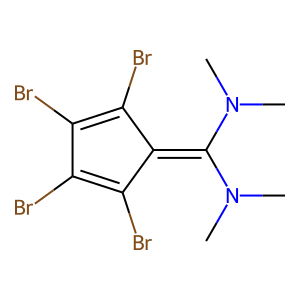
SMILES: CN(C)C(=C1C(Br)=C(Br)C(Br)=C1Br)N(C)C
Inhibits HIV replication: No